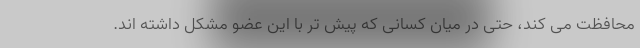
محافظت می کند، حتی در میان کسانی که پیش تر با این عضو مشکل داشته اند.